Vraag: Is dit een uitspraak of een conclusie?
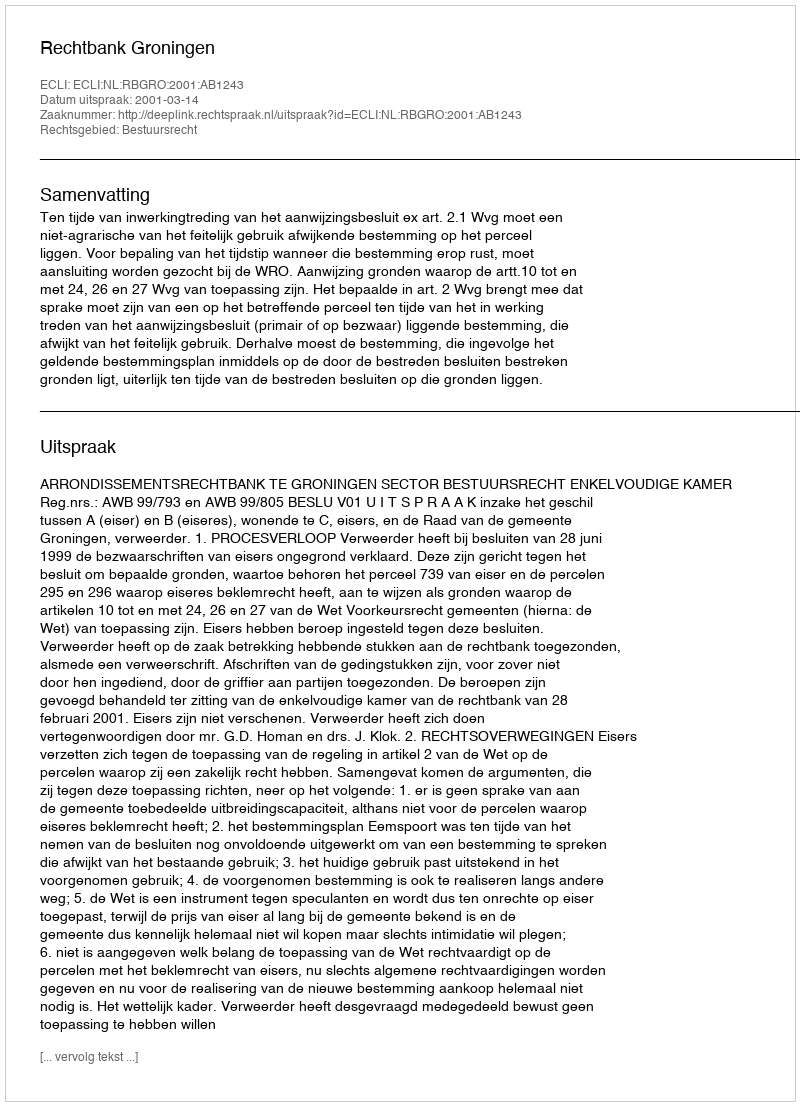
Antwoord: Uitspraak